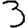
Digit: 3